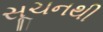
સૂચનથી